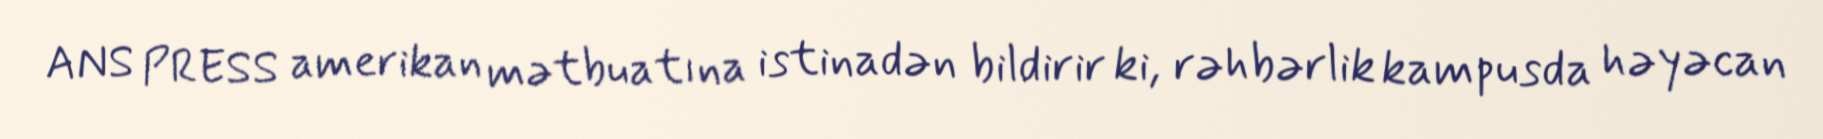
ANS PRESS amerikan mətbuatına istinadən bildirir ki, rəhbərlik kampusda həyəcan